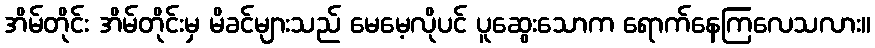
အိမ်တိုင်း အိမ်တိုင်းမှ မိခင်များသည် မေမေ့လိုပင် ပူဆွေးသောက ရောက်နေကြလေသလား။